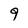
Character: 9